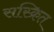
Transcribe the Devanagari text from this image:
सस्क्रित